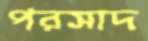
পরসাদ